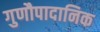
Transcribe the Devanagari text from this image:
गुणौपादानिक